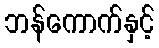
ဘန်ကောက်နှင့်